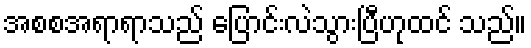
အစစအရာရာသည် ပြောင်းလဲသွားပြီဟုထင် သည်။